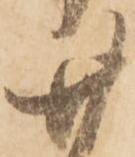
廿